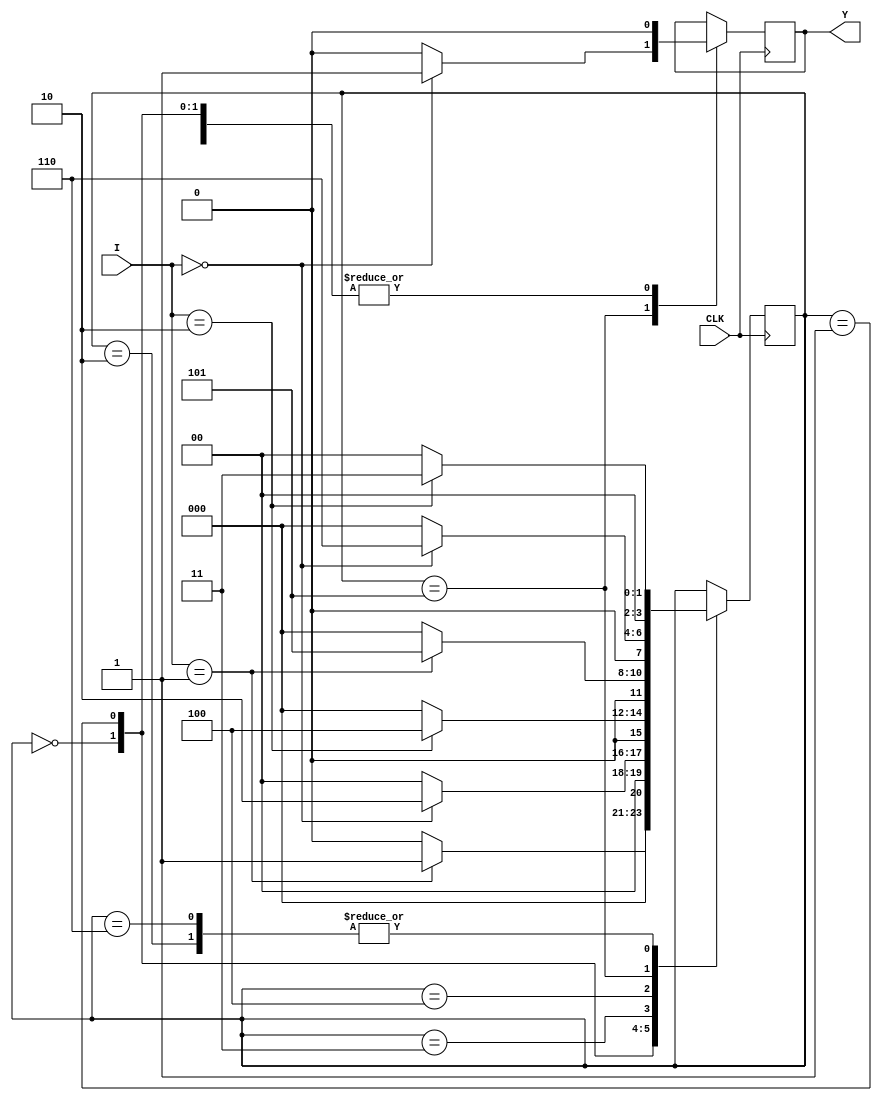
// SB : Task 1 B : Finite State Machine
/*
Instructions
-------------------
Students are not allowed to make any changes in the Module declaration.
This file is used to design a Finite State Machine.

Recommended Quartus Version : 19.1
The submitted project file must be 19.1 compatible as the evaluation will be done on Quartus Prime Lite 19.1.

Warning: The error due to compatibility will not be entertained.
Do not make any changes to Test_Bench_Vector.txt file. Violating will result into Disqualification.
-------------------
*/

//Finite State Machine design
//Inputs  : I (4 bit) and CLK (clock)
//Output  : Y (Y = 1 when 102210 sequence(decimal number sequence) is detected)

//////////////////DO NOT MAKE ANY CHANGES IN MODULE//////////////////
module fsm(
	input CLK,			  //Clock
	input [3:0]I,       //INPUT I
	output	  Y		  //OUTPUT Y
);

reg Y1 = 0;
assign Y = Y1;



////////////////////////WRITE YOUR CODE FROM HERE//////////////////// 
	

parameter S0=4'b0000, S1=4'b0001, S2=4'b0010, S3=4'b0011, S4=4'b0100, S5=4'b0101,S6=4'b0110;
reg [3:0]nextState;
initial 
begin
	nextState=S0;
end	
always @(posedge CLK)
    begin

            case(nextState)
                S0:
                    begin
                    if(I==4'b0001)
                        begin
                        nextState=S1;
                        Y1=0;
                        end
                    else
                        begin
                        nextState=S0;
                        Y1=0;
                        end
                    end
                S1:
                    begin
                    if(I==4'b0000)
                        begin
                        nextState=S2;
                        Y1=0;
                        end
                    else
                        begin
                        nextState=S0;
                        Y1=0;
                        end
                    end
                S2:
                    begin
                    if(I==4'b0010)
                        begin
                        nextState=S3;
                        Y1=0;
                        end
                    else
                        begin
                        nextState=S0;
                        Y1=0;
                        end
                    end
                S3:
                    begin
                    if(I==4'b0010)
                        begin
                        nextState=S4;
                        Y1=0;
                        end
                    else
                        begin
                        nextState=S0;
                        Y1=0;
                        end
                    end
                S4:
                    begin
                    if(I==4'b0001)
                        begin
                        nextState=S5;
                        Y1=0;
                        end
                    else
                        begin
                        nextState=S0;
                        Y1=0;
                        end
                    end
                S5:
                    begin
                    if(I==4'b0000)
                        begin
                        nextState=S6;
                        Y1=1;
                        end
                    else
                        begin
                        nextState=S0;
                        Y1=0;
								end
                    end
					S6:
						begin
						if(I==4'b0010)
						begin
						nextState=S3;
						Y1=0;
						end
						else
						begin
						nextState=S0;
						Y1=0;
						end
						end  
            endcase
           end

////////////////////////YOUR CODE ENDS HERE//////////////////////////
endmodule
///////////////////////////////MODULE ENDS///////////////////////////